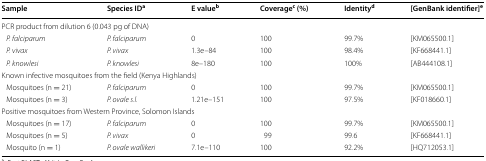
<table><thead><tr><td><b>Sample</b></td><td><b>Species ID<sup>a</sup></b></td><td><b>E value<sup>b</sup></b></td><td><b>Coverage<sup>c</sup> (%)</b></td><td><b>Identity<sup>d</sup></b></td><td><b>[GenBank identifier]<sup>e</sup></b></td></tr></thead><tbody><tr><td colspan="6">PCR product from dilution 6 (0.043 pg of DNA)</td></tr><tr><td> <i>P. falciparum</i></td><td><i>P. falciparum</i></td><td>0</td><td>100</td><td>99.7%</td><td>[KM065500.1]</td></tr><tr><td> <i>P. vivax</i></td><td><i>P. vivax</i></td><td>1.3e–84</td><td>100</td><td>98.4%</td><td>[KF668441.1]</td></tr><tr><td> <i>P. knowlesi</i></td><td><i>P. knowlesi</i></td><td>8e–180</td><td>100</td><td>100%</td><td>[AB444108.1]</td></tr><tr><td colspan="6">Known infective mosquitoes from the field (Kenya Highlands)</td></tr><tr><td> Mosquitoes (n = 21)</td><td><i>P. falciparum</i></td><td>0</td><td>100</td><td>99.7%</td><td>[KM065500.1]</td></tr><tr><td> Mosquitoes (n = 3)</td><td><i>P. ovale s.l.</i></td><td>1.21e–151</td><td>100</td><td>97.5%</td><td>[KF018660.1]</td></tr><tr><td colspan="6">Positive mosquitoes from Western Province, Solomon Islands</td></tr><tr><td> Mosquitoes (n = 17)</td><td><i>P. falciparum</i></td><td>0</td><td>100</td><td>99.7%</td><td>[KM065500.1]</td></tr><tr><td> Mosquitoes (n = 5)</td><td><i>P. vivax</i></td><td>0</td><td>99</td><td>99.6</td><td>[KF668441.1]</td></tr><tr><td> Mosquito (n = 1)</td><td><i>P. ovale wallikeri</i></td><td>7.1e–110</td><td>100</td><td>92.2%</td><td>[HQ712053.1]</td></tr></tbody></table>